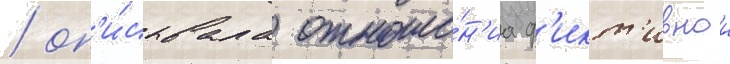
/ оп'и́сывала отноше́н'иа ф'икт'ивнои